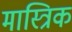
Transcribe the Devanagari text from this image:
मास्त्रिक